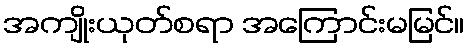
အကျိုးယုတ်စရာ အကြောင်းမမြင်။